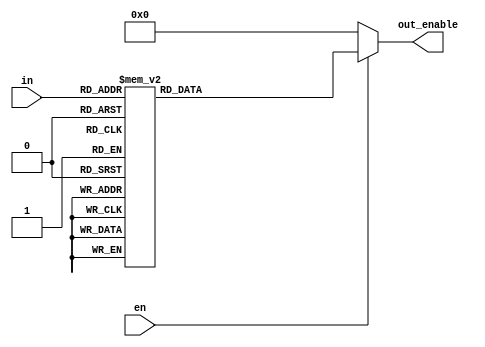
module pos_decode(in,en,out_enable);   //decodes the playing position, we have implemented the 4 to 16 DECODER 
      input[3:0] in ;
      input en;
      output wire [15:0] out_enable;
      reg[15:0] pd;           //decoder variable

 /* always @(*) begin
 if ((en)==(1'b1))
 assign out_enable=pd;
 else 
 assign out_enable=16'd0;
 end*/                      //this didn't work out
                    
 assign out_enable=(en==1'b1)?pd:16'd0;  //enable signal

 always @(*)
 begin

 case(in)                            //switch between cases of input
 4'd0: pd <= 16'b0000000000000001;    //d stands for decimal
 4'd1: pd <= 16'b0000000000000010; 
 4'd2: pd <= 16'b0000000000000100;
 4'd3: pd <= 16'b0000000000001000;
 4'd4: pd <= 16'b0000000000010000;
 4'd5: pd <= 16'b0000000000100000;
 4'd6: pd <= 16'b0000000001000000;
 4'd7: pd <= 16'b0000000010000000;
 4'd8: pd <= 16'b0000000100000000;
 4'd9: pd <= 16'b0000001000000000;
 4'd10: pd <= 16'b0000010000000000;
 4'd11: pd <= 16'b0000100000000000;
 4'd12: pd <= 16'b0001000000000000;
 4'd13: pd <= 16'b0010000000000000;
 4'd14: pd <= 16'b0100000000000000;
 4'd15: pd <= 16'b1000000000000000;

 default: pd<=16'b0000000000000001; 

 endcase 

end 

endmodule